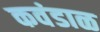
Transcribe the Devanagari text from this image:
कवंडाळ